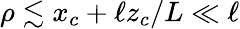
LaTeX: \rho\lesssim x_{c}+\ell z_{c}/L\ll\ell